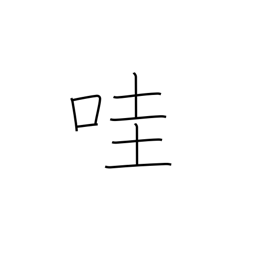
Meaning: laughing child's voice